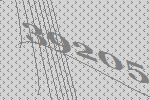
39205